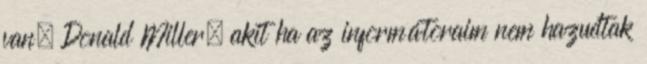
van. Donald Miller, akit ha az informátoraim nem hazudtak